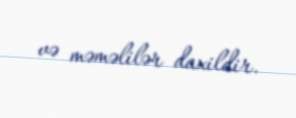
və məməlilər daxildir.